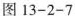
图13-2-7